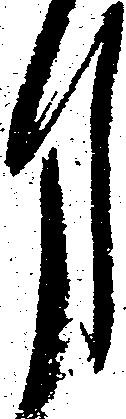
月